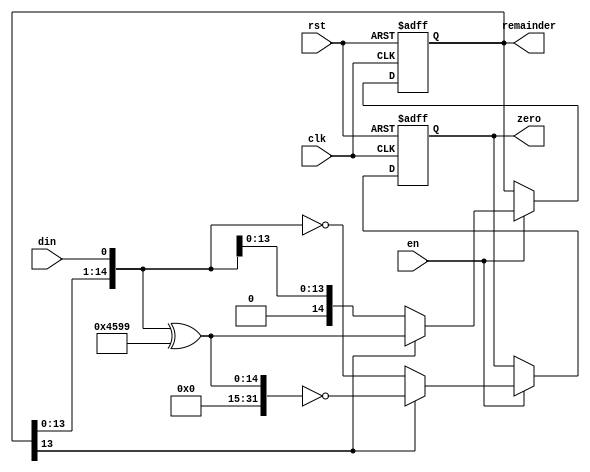
module canCRC #(
    parameter BITS = 15,
    parameter POLY = 'h4599
  )(
    input clk,
    input rst,
    input en,
    input din,
    output reg zero,
    output reg [BITS-1:0] remainder = 0 //actually only need [BITS-2:0], MSB is always zero
  );

  reg [BITS-1:0] poly = POLY;
  wire xorflag;
  assign xorflag = remainder[BITS-2];
  
  //assign zero = remainder == 0;

  always @(posedge clk or posedge rst) begin
    if(rst) begin
      remainder <= 0;
      zero <= 1;
    end else begin
      if (en) begin
        //remainder <= {remainder[BITS-2:0],din} ^ (poly & {BITS{xorflag}});  //is one line easier to read?
        if(xorflag) begin
          remainder <= {remainder[BITS-2:0],din} ^ poly;
          zero <= (({remainder[BITS-2:0],din} ^ poly) == 0);
        end else begin
          remainder <= {remainder[BITS-2:0],din};
          zero <= (({remainder[BITS-2:0],din}) == 0);
        end
      end
    end
  end

endmodule